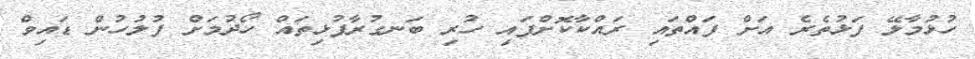
ހުޅުމާލޭ ފަޅުތެރެ އަށް ފައްތައި ރައްކާކޮށްފައި ހުރި ބަނގުރާފުޅިތައް ހޯދުމަށް ފުލުހުން ޑައިވް